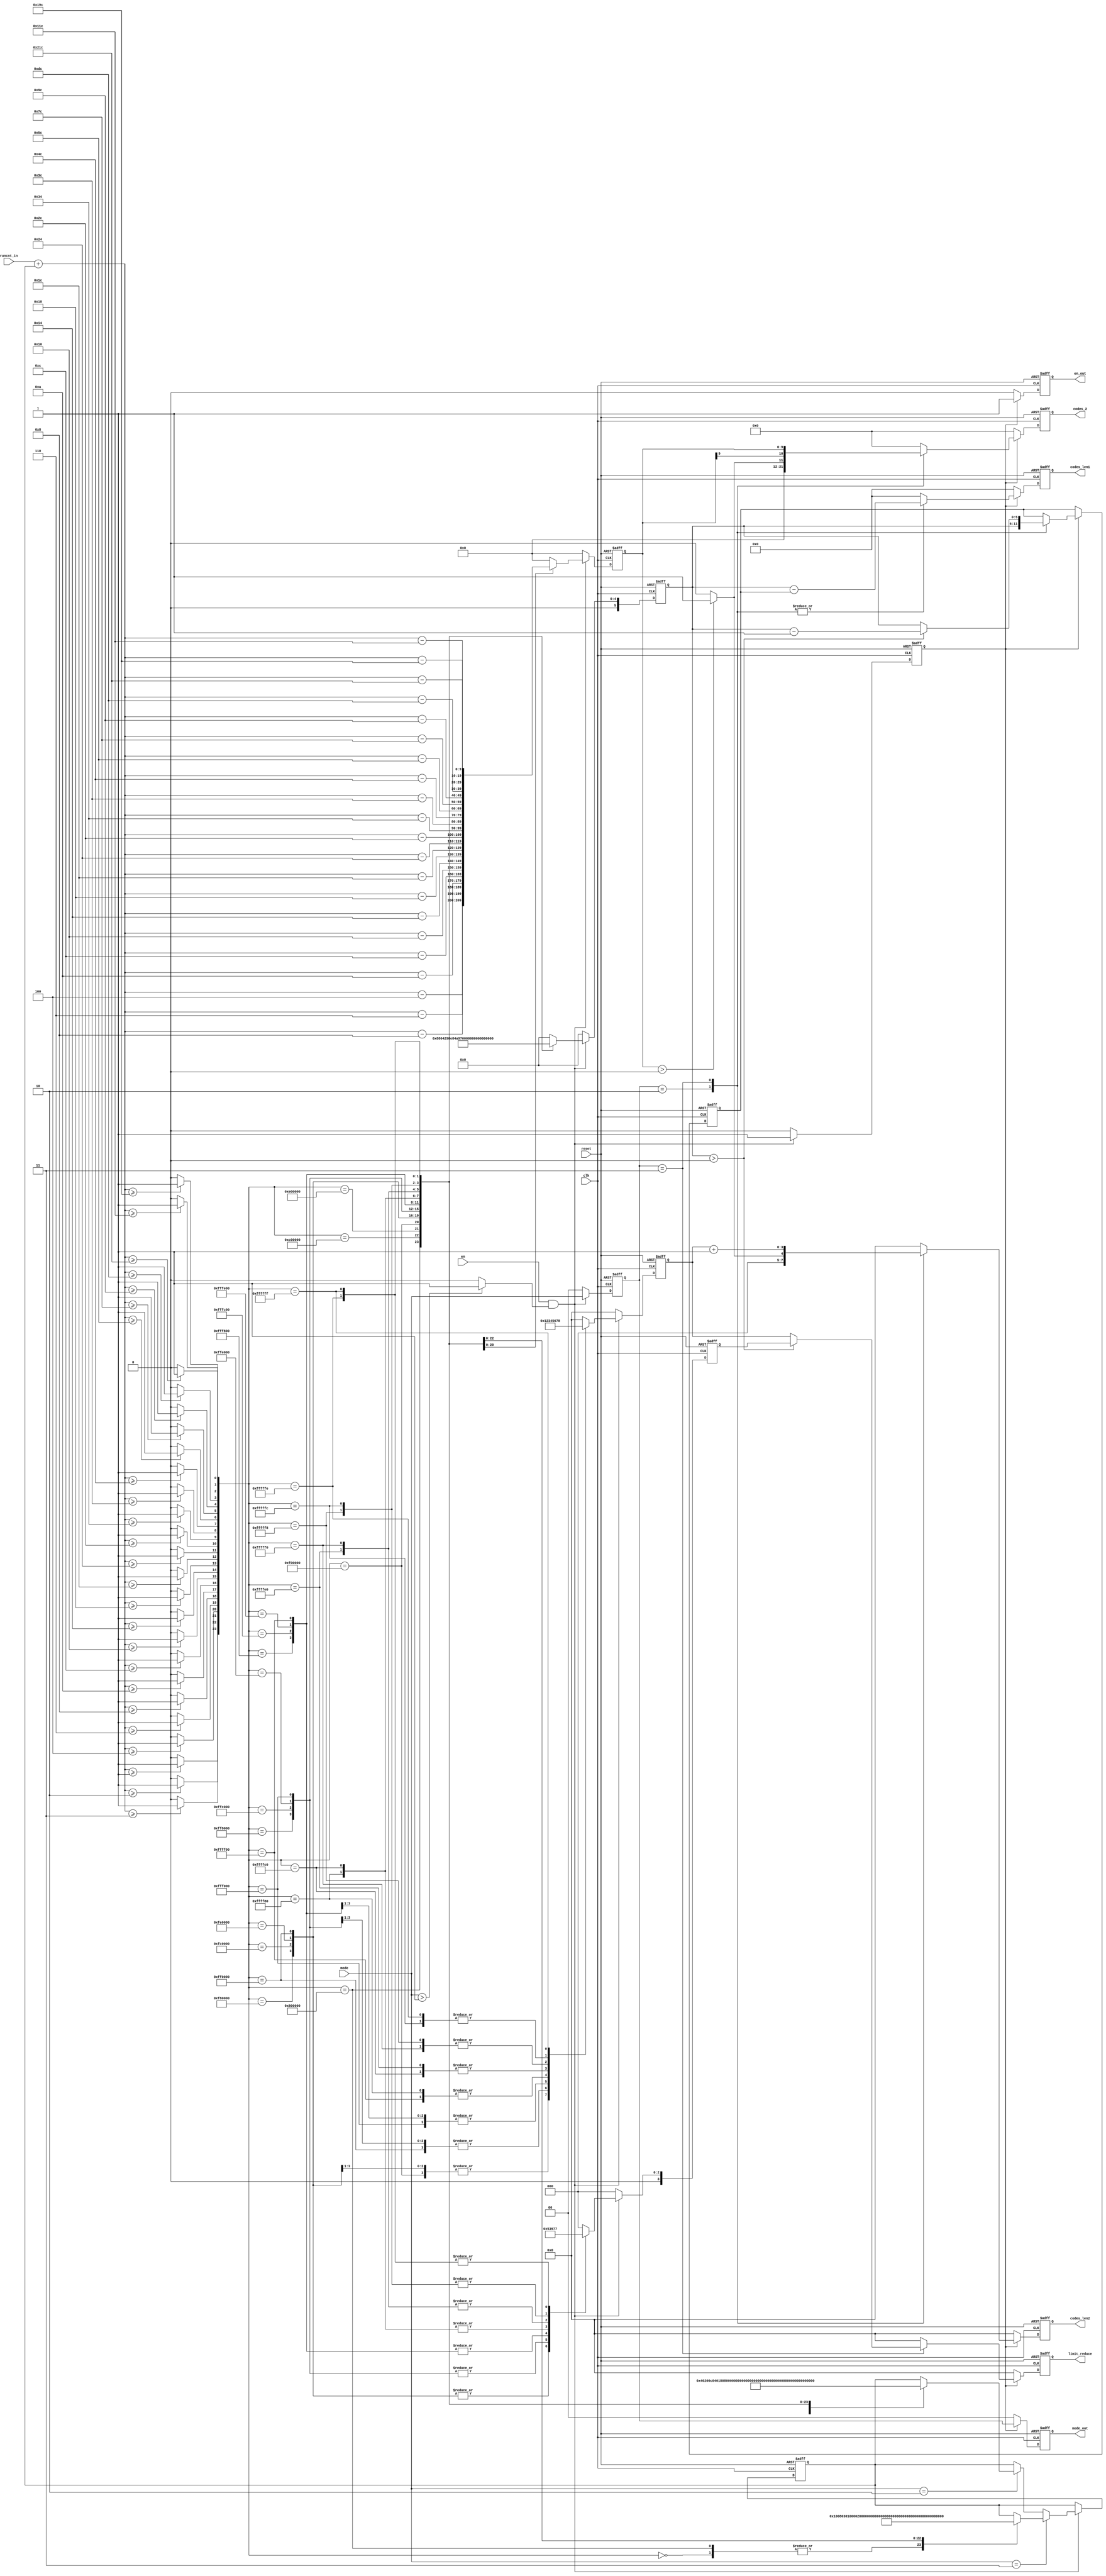
`timescale 1ns / 1ps
//////////////////////////////////////////////////////////////////////////////////
// Company: 
// Engineer: 
// 
// Design Name: 
// Module Name:    run_cnt 
// Project Name: 
// Target Devices: 
// Tool versions: 
// Description: 
//
// Dependencies: 
//
// Revision: 
// Revision 0.01 - File Created
// Additional Comments: 
//
//////////////////////////////////////////////////////////////////////////////////
module run_cnt(clk,reset,en,
                runcnt_in,
					 mode,
					 limit_reduce,
				//	 codes_1,
					 codes_len1,
					 codes_2,
					 codes_len2,
					 mode_out,
					 en_out);
					 
input        clk;
input        reset;
input        en;
input signed [9:0]  runcnt_in;
input [1:0]  mode;	
output  [3:0]  limit_reduce;

//output[23:0] codes_1;
output[5:0]  codes_len1;
output[10:0] codes_2;
output[3:0]  codes_len2;
output[1:0] mode_out;
output       en_out;				 
					 
wire s1,s2,s3,s4,s5,s6,s7,s8,s9,s10,s11,s12,s13,
     s14,s15,s16,s17,s18,s19,s20,s21,s22,s23,s24;
wire en_tmp;	  
reg signed [9:0] runcnt_reduce;
reg [1:0] mode_tmp;
reg [5:0] run_index;
reg [3:0] tmp;
reg [3:0] tmp_1;
reg en_next;

reg [5:0] index_tmp;
reg signed [9:0]  runcnt_con;
//reg [23:0] codes_1;
reg [5:0]  codes_len1;
reg [10:0] codes_2;
reg [3:0]  codes_len2;
reg [3:0]  limit_reduce;
reg [1:0] mode_out;
reg       en_out;

wire signed [9:0]  runcnt; 
wire [23:0] sig;
assign en_tmp=(mode>1)?1:0;	 
	 
assign runcnt=runcnt_in+runcnt_con;	 	 
assign s1=(runcnt>=10'b0000_0000_01)?1:0;
assign s2=(runcnt>=10'b0000_0000_10)?1:0;
assign s3=(runcnt>=10'b0000_0000_11)?1:0;
assign s4=(runcnt>=10'b0000_0001_00)?1:0;
assign s5=(runcnt>=10'b0000_0001_10)?1:0;
assign s6=(runcnt>=10'b0000_0010_00)?1:0;
assign s7=(runcnt>=10'b0000_0010_10)?1:0;
assign s8=(runcnt>=10'b0000_0011_00)?1:0;
assign s9=(runcnt>=10'b0000_0100_00)?1:0;
assign s10=(runcnt>=10'b0000_0101_00)?1:0;	 

assign s11=(runcnt>=10'b0000_0110_00)?1:0;
assign s12=(runcnt>=10'b0000_0111_00)?1:0;
assign s13=(runcnt>=10'b0000_1001_00)?1:0;
assign s14=(runcnt>=10'b0000_1011_00)?1:0;
assign s15=(runcnt>=10'b0000_1101_00)?1:0;
assign s16=(runcnt>=10'b0000_1111_00)?1:0;
assign s17=(runcnt>=10'b0001_0011_00)?1:0;
assign s18=(runcnt>=10'b0001_0111_00)?1:0;
assign s19=(runcnt>=10'b0001_1111_00)?1:0;
assign s20=(runcnt>=10'b0010_0111_00)?1:0;	  

assign s21=(runcnt>=10'b0011_0111_00)?1:0;
assign s22=(runcnt>=10'b0100_0111_00)?1:0;
assign s23=(runcnt>=10'b0110_0111_00)?1:0;
assign s24=(runcnt>=10'b1000_0111_00)?1:0;
assign sig={s1,s2,s3,s4,s5,s6,s7,s8,s9,s10,s11,s12,s13,s14,s15,s16,s17,s18,s19,s20,s21,s22,s23,s24};

always@(posedge clk or negedge reset)
if(!reset)
begin
 runcnt_reduce<=0;
 mode_tmp<=0;
 run_index<=0;
 tmp<=0;
 tmp_1<=0;
 en_next<=0;
end
else if(en&en_tmp)
begin
 mode_tmp<=mode;
 en_next<=1;
case(sig)
24'b1000_0000_0000_0000_0000_0000: //1
                 begin
					  runcnt_reduce<=0;
					  run_index<=1;
					  tmp<=0;
					  tmp_1<=0;
					  end
24'b1100_0000_0000_0000_0000_0000: //2
                 begin
					  runcnt_reduce<=0;
					  run_index<=2;
					  tmp<=0;
					  tmp_1<=0;
					  end
24'b1110_0000_0000_0000_0000_0000: //3
                 begin
					  runcnt_reduce<=0;
					  run_index<=3;
					  tmp<=0;
					  tmp_1<=0;
					  end
24'b1111_0000_0000_0000_0000_0000://4
                 begin
					  runcnt_reduce<=runcnt-10'b0000_0001_00;
					  run_index<=4;
					  tmp<=1;
					  tmp_1<=0;
					  end
24'b1111_1000_0000_0000_0000_0000://5
                 begin
					  runcnt_reduce<=runcnt-10'b0000_0001_10;
					  run_index<=5;
					  tmp<=1;
					  tmp_1<=1;
					  end
24'b1111_1100_0000_0000_0000_0000://6
                 begin
					  runcnt_reduce<=runcnt-10'b0000_0010_00;
					  run_index<=6;
					  tmp<=1;
					  tmp_1<=1;
					  end
24'b1111_1110_0000_0000_0000_0000://7
                 begin
					  runcnt_reduce<=runcnt-10'b0000_0010_10;
					  run_index<=7;
					  tmp<=1;
					  tmp_1<=1;
					  end
24'b1111_1111_0000_0000_0000_0000://8
                 begin
					  runcnt_reduce<=runcnt-10'b0000_0011_00;
					  run_index<=8;
					  tmp<=2;
					  tmp_1<=1;
					  end
24'b1111_1111_1000_0000_0000_0000://9
                 begin
					  runcnt_reduce<=runcnt-10'b0000_0100_00;
					  run_index<=9;
					  tmp<=2;
					  tmp_1<=2;
					  end
24'b1111_1111_1100_0000_0000_0000://10
                 begin
					  runcnt_reduce<=runcnt-10'b0000_0101_00;
					  run_index<=10;
					  tmp<=2;
					  tmp_1<=2;
					  end
24'b1111_1111_1110_0000_0000_0000://11
                 begin
					  runcnt_reduce<=runcnt-10'b0000_0110_00;
					  run_index<=11;
					  tmp<=2;
					  tmp_1<=2;
					  end
24'b1111_1111_1111_0000_0000_0000://12
                 begin
					  runcnt_reduce<=runcnt-10'd28;
					  run_index<=12;
					  tmp<=3;
					  tmp_1<=2;
					  end
24'b1111_1111_1111_1000_0000_0000://13
                 begin
					  runcnt_reduce<=runcnt-10'd36;
					  run_index<=13;
					  tmp<=3;
					  tmp_1<=3;
					  end
24'b1111_1111_1111_1100_0000_0000://14
                 begin
					  runcnt_reduce<=runcnt-10'd44;
					  run_index<=14;
					  tmp<=3;
					  tmp_1<=3;
					  end
24'b1111_1111_1111_1110_0000_0000://15
                 begin
					  runcnt_reduce<=runcnt-10'd52;
					  run_index<=15;
					  tmp<=3;
					  tmp_1<=3;
					  end
24'b1111_1111_1111_1111_0000_0000://16
                 begin
					  runcnt_reduce<=runcnt-10'd60;
					  run_index<=16;
					  tmp<=4;
					  tmp_1<=3;
					  end
24'b1111_1111_1111_1111_1000_0000://17
                 begin
					  runcnt_reduce<=runcnt-10'd76;
					  run_index<=17;
					  tmp<=4;
					  tmp_1<=4;
					  end
24'b1111_1111_1111_1111_1100_0000://18
                 begin
					  runcnt_reduce<=runcnt-10'd92;
					  run_index<=18;
					  tmp<=5;
					  tmp_1<=4;
					  end
24'b1111_1111_1111_1111_1110_0000://19
                 begin
					  runcnt_reduce<=runcnt-10'd124;
					  run_index<=19;
					  tmp<=5;
					  tmp_1<=5;
					  end
24'b1111_1111_1111_1111_1111_0000://20
                 begin
					  runcnt_reduce<=runcnt-10'd156;
					  run_index<=20;
					  tmp<=6;
					  tmp_1<=5;
					  end
24'b1111_1111_1111_1111_1111_1000://21
                 begin
					  runcnt_reduce<=runcnt-10'd220;
					  run_index<=21;
					  tmp<=6;
					  tmp_1<=6;
					  end
24'b1111_1111_1111_1111_1111_1100://22
                 begin
					  runcnt_reduce<=runcnt-10'd284;
					  run_index<=22;
					  tmp<=7;
					  tmp_1<=6;
					  end		
24'b1111_1111_1111_1111_1111_1110://23
                 begin
					  runcnt_reduce<=runcnt-10'd412;
					  run_index<=23;
					  tmp<=7;
					  tmp_1<=7;
					  end
24'b1111_1111_1111_1111_1111_1111://24
                 begin
					  runcnt_reduce<=runcnt-10'd540;
					  run_index<=24;
					  tmp<=8;
					  tmp_1<=7;
					  end		
default:		     begin
                 runcnt_reduce<=0;
					  run_index<=0;
					  tmp<=0;
					  tmp_1<=0;
                 end	
  endcase					  
end
else begin
     runcnt_reduce<=0;
     mode_tmp<=0;
     run_index<=0;
     en_next<=0;
	  tmp<=0;
	  tmp_1<=0;
     end
	  
always@(posedge clk or negedge reset)	  
 if(!reset)
   begin
	runcnt_con<=0;
	end
 else 
   if(en&en_tmp)
	 begin
	 if(mode==2'b11) begin
	 
	 case(sig)
	 24'b0000_0000_0000_0000_0000_0000:runcnt_con<=0;		
	 24'b1000_0000_0000_0000_0000_0000:runcnt_con<=0;
	 24'b1100_0000_0000_0000_0000_0000:runcnt_con<=1;
	 24'b1110_0000_0000_0000_0000_0000:runcnt_con<=2;
	 24'b1111_0000_0000_0000_0000_0000:runcnt_con<=3;
	 24'b1111_1000_0000_0000_0000_0000:runcnt_con<=4;
	 24'b1111_1100_0000_0000_0000_0000:runcnt_con<=6;
	 24'b1111_1110_0000_0000_0000_0000:runcnt_con<=8;
	 24'b1111_1111_0000_0000_0000_0000:runcnt_con<=10;
	 24'b1111_1111_1000_0000_0000_0000:runcnt_con<=12;
	 24'b1111_1111_1100_0000_0000_0000:runcnt_con<=16;
	 24'b1111_1111_1110_0000_0000_0000:runcnt_con<=20;
	 24'b1111_1111_1111_0000_0000_0000:runcnt_con<=24;
	 24'b1111_1111_1111_1000_0000_0000:runcnt_con<=28;
	 24'b1111_1111_1111_1100_0000_0000:runcnt_con<=36;
	 24'b1111_1111_1111_1110_0000_0000:runcnt_con<=44;
	 24'b1111_1111_1111_1111_0000_0000:runcnt_con<=52;
	 24'b1111_1111_1111_1111_1000_0000:runcnt_con<=60;
	 24'b1111_1111_1111_1111_1100_0000:runcnt_con<=76;
	 24'b1111_1111_1111_1111_1110_0000:runcnt_con<=92;
	 24'b1111_1111_1111_1111_1111_0000:runcnt_con<=124;
	 24'b1111_1111_1111_1111_1111_1000:runcnt_con<=156;
	 24'b1111_1111_1111_1111_1111_1100:runcnt_con<=220;
	 24'b1111_1111_1111_1111_1111_1110:runcnt_con<=284;
	 24'b1111_1111_1111_1111_1111_1111:runcnt_con<=412;
					//24:runcnt_con<=540;
					default:runcnt_con<=runcnt_con;
				endcase
		end
	 else if(mode==2'b10)
	  begin
	   case(sig)
	 24'b0000_0000_0000_0000_0000_0000:runcnt_con<=0;		
	 24'b1000_0000_0000_0000_0000_0000:runcnt_con<=1;
	 24'b1100_0000_0000_0000_0000_0000:runcnt_con<=2;
	 24'b1110_0000_0000_0000_0000_0000:runcnt_con<=3;
	 24'b1111_0000_0000_0000_0000_0000:runcnt_con<=4;
	 24'b1111_1000_0000_0000_0000_0000:runcnt_con<=6;
	 24'b1111_1100_0000_0000_0000_0000:runcnt_con<=8;
	 24'b1111_1110_0000_0000_0000_0000:runcnt_con<=10;
	 24'b1111_1111_0000_0000_0000_0000:runcnt_con<=12;
	 24'b1111_1111_1000_0000_0000_0000:runcnt_con<=16;
	 24'b1111_1111_1100_0000_0000_0000:runcnt_con<=20;
	 24'b1111_1111_1110_0000_0000_0000:runcnt_con<=24;
	 24'b1111_1111_1111_0000_0000_0000:runcnt_con<=28;
	 24'b1111_1111_1111_1000_0000_0000:runcnt_con<=36;
	 24'b1111_1111_1111_1100_0000_0000:runcnt_con<=44;
	 24'b1111_1111_1111_1110_0000_0000:runcnt_con<=52;
	 24'b1111_1111_1111_1111_0000_0000:runcnt_con<=60;
	 24'b1111_1111_1111_1111_1000_0000:runcnt_con<=76;
	 24'b1111_1111_1111_1111_1100_0000:runcnt_con<=92;
	 24'b1111_1111_1111_1111_1110_0000:runcnt_con<=124;
	 24'b1111_1111_1111_1111_1111_0000:runcnt_con<=156;
	 24'b1111_1111_1111_1111_1111_1000:runcnt_con<=220;
	 24'b1111_1111_1111_1111_1111_1100:runcnt_con<=284;
	 24'b1111_1111_1111_1111_1111_1110:runcnt_con<=412;
	 24'b1111_1111_1111_1111_1111_1111:runcnt_con<=540;
	 default:runcnt_con<=runcnt_con;
				endcase
	  end
	 else 
	   runcnt_con<=runcnt_con;
			
	 end
  else
    begin
	  runcnt_con<=runcnt_con;
	 end
	
    
always@(posedge clk or negedge reset)
if(!reset)
begin
//codes_1<=0;
codes_len1<=0;
codes_2<=0;
codes_len2<=0;
index_tmp<=0;
limit_reduce<=0;
//runcnt_con<=0;
mode_out<=0;
en_out<=0;
end
else if(en_next)
begin
   en_out<=1;
	mode_out<=mode_tmp;
   case(mode_tmp)
    2'b10:begin
	      limit_reduce<=0;
			codes_len1<=run_index-index_tmp;
			index_tmp<=run_index;
	//		runcnt_con<=runcnt_con;
			
		//	if(index>)
			
	      if(runcnt_reduce>0)
			 begin
			  codes_2<=1;
			  codes_len2<=1;
			 end
			else
			 begin
			  codes_2<=0;
			  codes_len2<=0;
			 end
			
         end
    2'b11:begin
			codes_2<=runcnt_reduce;
			codes_len2<=tmp+1;
			codes_len1<=run_index-index_tmp;
			
			if(run_index>0) begin
			    limit_reduce<=tmp_1; 
				 index_tmp<=run_index-1;	  
				   end
			 else  begin
			     limit_reduce<=tmp;
			     index_tmp<=run_index;  
				  end
          end
   default:begin
          codes_len1<=0;
          codes_2<=0;
          codes_len2<=0;
          limit_reduce<=0;
			 index_tmp<=index_tmp;
//			 runcnt_con<=runcnt_con;
          end
			 endcase
end
else begin
//codes_1<=0;
codes_len1<=0;
codes_2<=0;
codes_len2<=0;
limit_reduce<=0;
mode_out<=0;
index_tmp<=index_tmp;
//runcnt_con<=runcnt_con;
en_out<=0;
end


endmodule